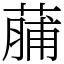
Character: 䔕